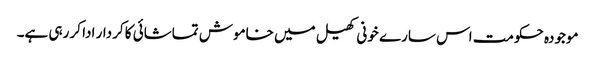
موجودہ حکومت اس سارے خونی کھیل میں خاموش تماشائی کا کردار ادا کر رہی ہے۔